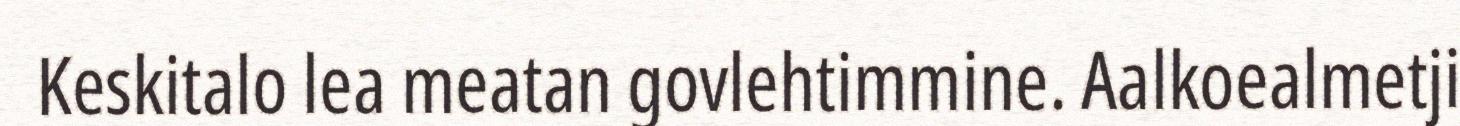
Keskitalo lea meatan govlehtimmine. Aalkoealmetji